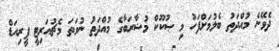
ދެވޭނެ މުއްދަތު ބެލުމަށްފަހު މި ޞުކޫކް މުޟާރަބާގެ މުއްދަތު ނުވަތަ މެޗުއަރިޓީ ޕީރިއަޑް